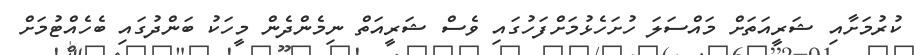
ކުރުމަށާއި ޝަރީއަތަށް މައްސަލަ ހުށަހެޅުމަށްފަހުގައި ވެސް ޝަރީއަތް ނިމެންދެން މީހަކު ބަންދުގައި ބެހެއްޓުމަށް